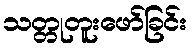
သတ္တုတူးဖော်ခြင်း